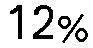
12%